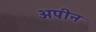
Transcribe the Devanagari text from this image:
अपीन